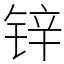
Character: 锌